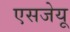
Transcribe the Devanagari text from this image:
एसजेयू